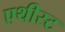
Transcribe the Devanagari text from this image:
एथीस्ट